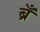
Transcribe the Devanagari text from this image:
ब्रँ